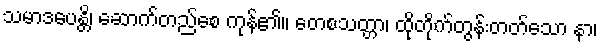
သမာဒပေန္တိ၊ ဆောက်တည်စေ ကုန်၏။ တေစသတ္တာ၊ ထိုတိုက်တွန်းတတ်သော နာ၊